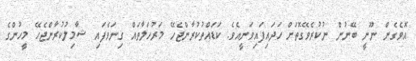
އޮވެގެން ނޫނީ ބޭނުން ނުކުރެވޭގޮތަށް ހަދައިފައިވަނީއެވެ. ކަޑައްތުކުރާންޖެހޭ މަރުހަލާތައް ގިނަވެފައި ޝާމިލުކުރާންޖެހޭ މީހުންގެ